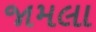
જામલા